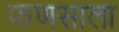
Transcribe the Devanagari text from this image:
फणसाला